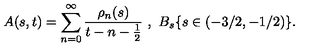
A ( s , t ) = \sum _ { n = 0 } ^ { \infty } \frac { \rho _ { n } ( s ) } { t - n - \frac { 1 } { 2 } } \ , \ B _ { s } \{ s \in ( - 3 / 2 , - 1 / 2 ) \} .